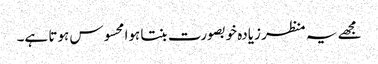
مجھے یہ منظر زیادہ خوبصورت بنتا ہوا محسوس ہوتا ہے۔